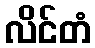
လိင်တံ